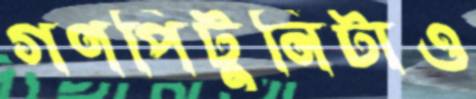
গণপিটুনিটাও